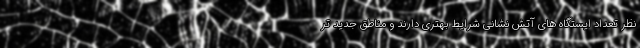
نظر تعداد ایستگاه های آتش نشانی شرایط بهتری دارند و مناطق جدید تر